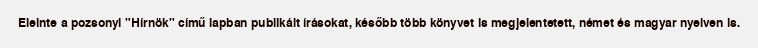
Eleinte a pozsonyi "Hírnök" című lapban publikált írásokat, később több könyvet is megjelentetett, német és magyar nyelven is.